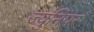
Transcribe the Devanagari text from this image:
ज्युनिपर